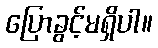
ပြောခွင့်မရှိပါ။